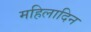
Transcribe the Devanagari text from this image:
महिलादिन